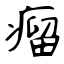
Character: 瘤